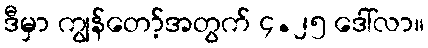
ဒီမှာ ကျွန်တော့်အတွက် ၄.၂၅ ဒေါ်လာ။